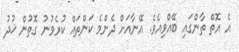
އެ އޮތް ތާންގައި ބޭއްވިއެވެ. އޭނާއަށް ދެންމެ ކަންތައް ކުރެވުނު ގޮތުން ޚުދު